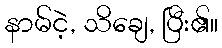
နာမ်ငဲ့, သိချေ, ပြီး၏။